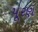
પૂરણ